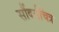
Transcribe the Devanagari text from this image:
सौंदर्यचित्र